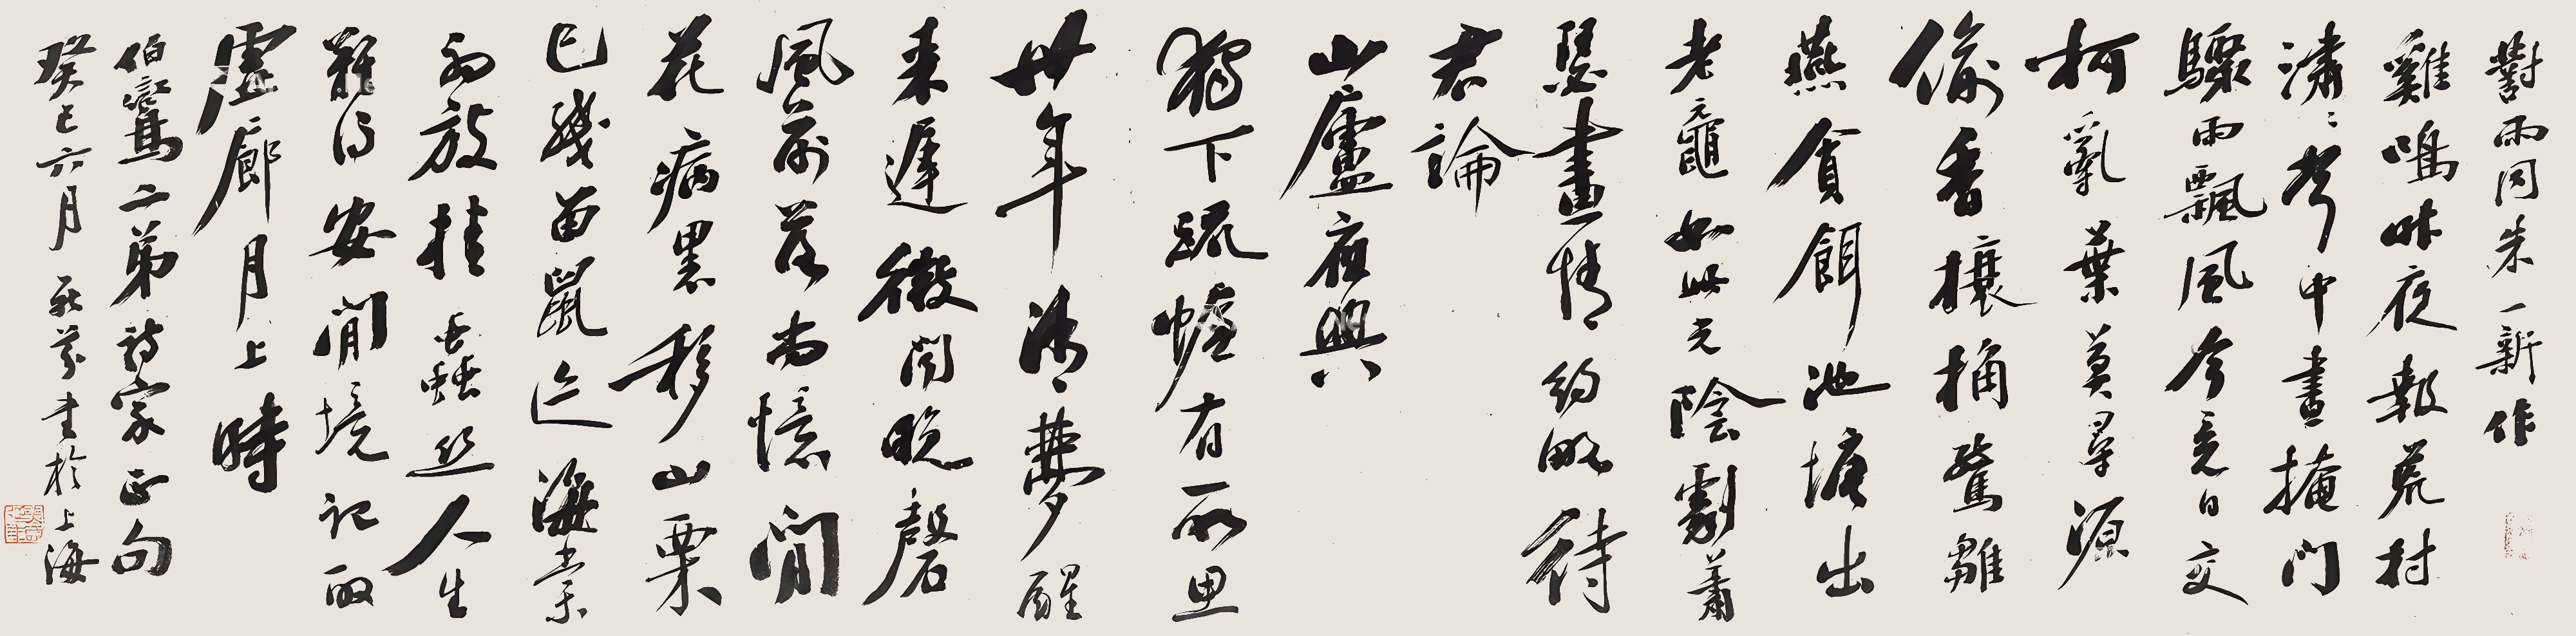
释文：《对雨同朱一新作》。鸡鸣昨夜报荒村，㴋㴋声中昼掩门。骤雨飘风今竟日，交柯乱叶莫寻源。偷香榱桷惊雏燕，贪饵池塘出老鼋。如此光阴剧萧瑟，画情约略待君论。《山庐夜兴》。独下疏幄有所思，卅年清梦醒来迟。微闻晚磬风前落，尚忆闲花病里移。山栗已残留鼠迹，海棠初放挂虫丝。人生难得安闲境，记取虚廊月上时。伯鸾二弟诗家正句，癸巳六月，鼎芬书于上海。